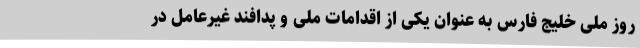
روز ملی خلیج فارس به عنوان یکی از اقدامات ملی و پدافند غيرعامل در